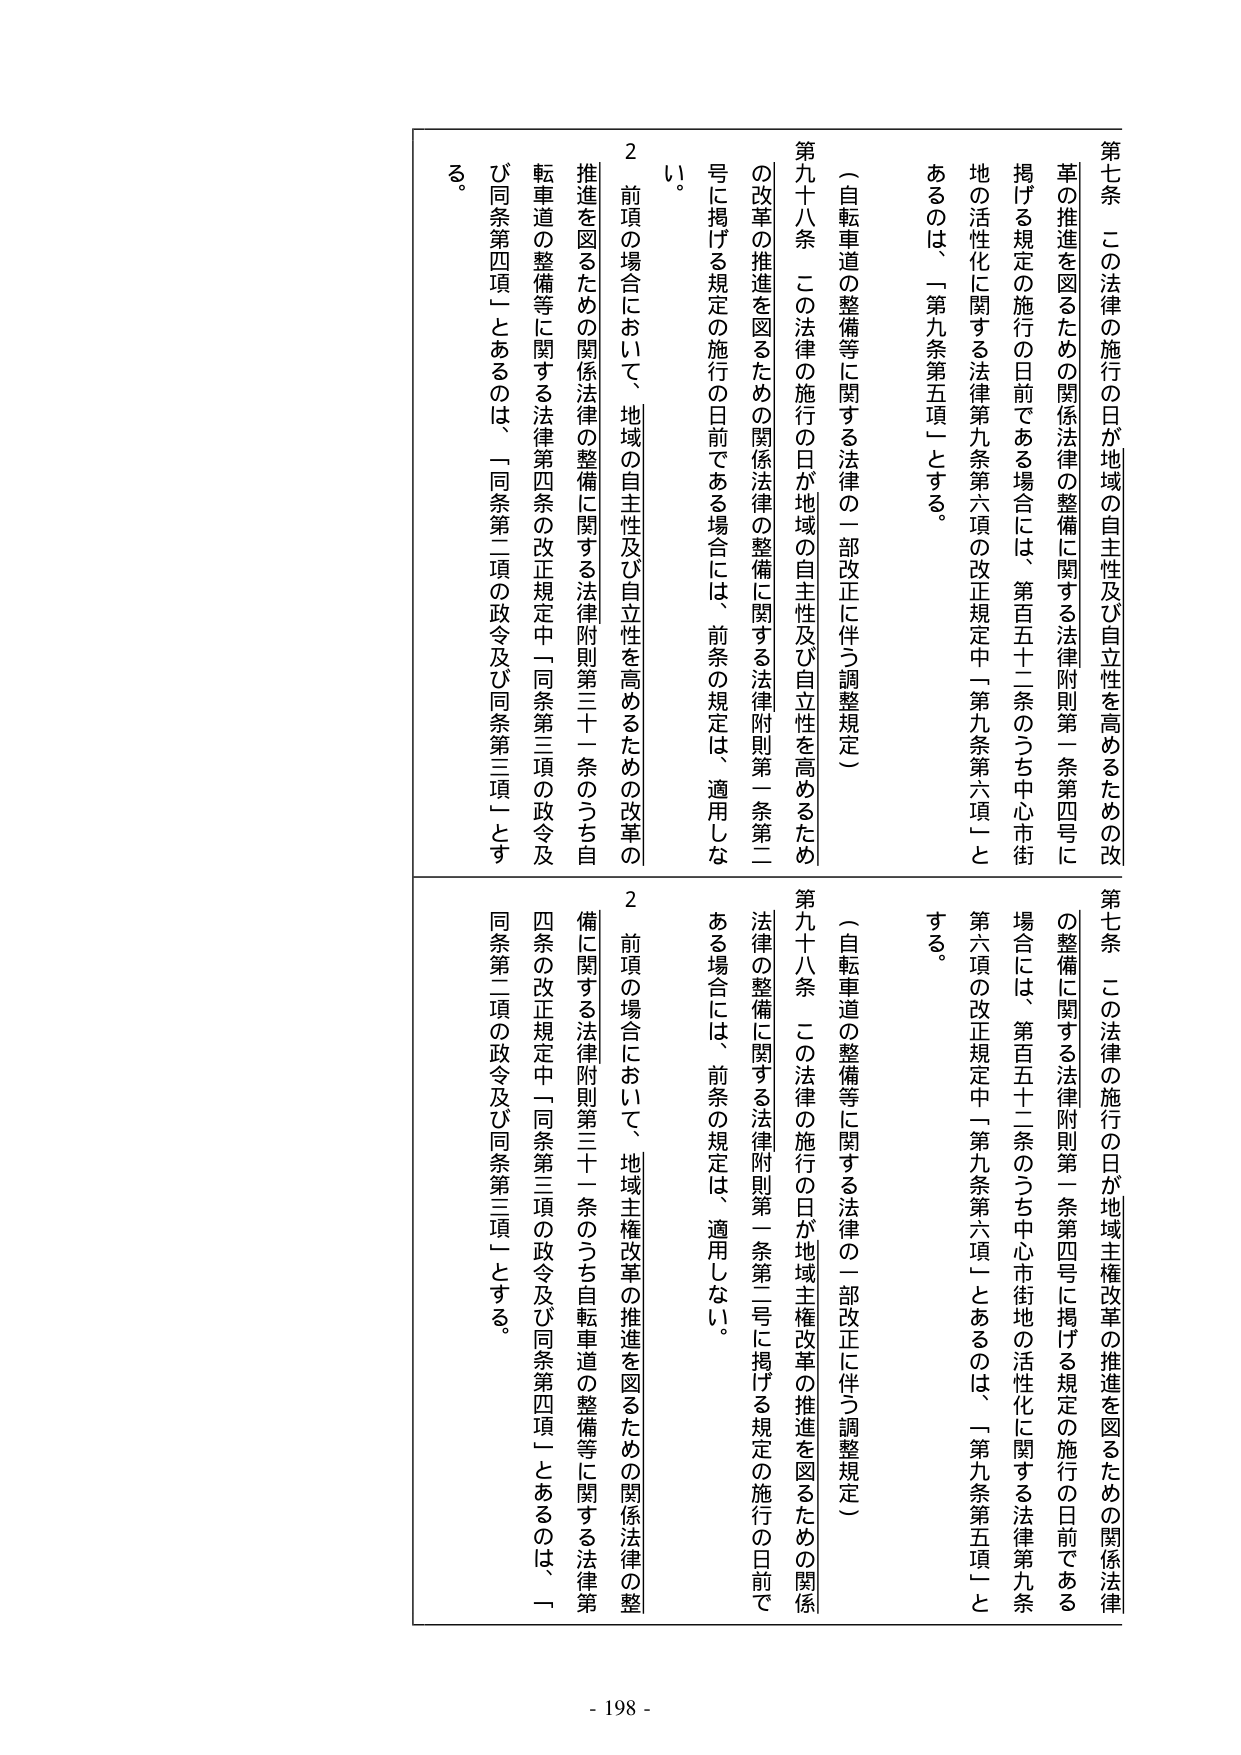
第七条　この法律の施行の日が地域の自主性及び自立性を高めるための改革の推進を図るための関係法律の整備に関する法律附則第一条第四号に掲げる規定の施行の日前である場合には、第百五十二条のうち中心市街地の活性化に関する法律第九条第六項の改正規定中「第九条第六項」とあるのは、「第九条第五項」とする。

（自転車道の整備等に関する法律の一部改正に伴う調整規定）

第九十八条　この法律の施行の日が地域の自主性及び自立性を高めるための改革の推進を図るための関係法律の整備に関する法律附則第一条第二号に掲げる規定の施行の日前である場合には、前条の規定は、適用しない。

２　前項の場合において、地域の自主性及び自立性を高めるための改革の推進を図るための関係法律の整備に関する法律附則第三十一条のうち自転車道の整備等に関する法律第四条の改正規定中「同条第三項の政令及び同条第四項」とあるのは、「同条第二項の政令及び同条第三項」とする。

第七条　この法律の施行の日が地域主権改革の推進を図るための関係法律の整備に関する法律附則第一条第四号に掲げる規定の施行の日前である場合には、第百五十二条のうち中心市街地の活性化に関する法律第九条第六項の改正規定中「第九条第六項」とあるのは、「第九条第五項」とする。

（自転車道の整備等に関する法律の一部改正に伴う調整規定）

第九十八条　この法律の施行の日が地域主権改革の推進を図るための関係法律の整備に関する法律附則第一条第二号に掲げる規定の施行の日前である場合には、前条の規定は、適用しない。

２　前項の場合において、地域主権改革の推進を図るための関係法律の整備に関する法律附則第三十一条のうち自転車道の整備等に関する法律第四条の改正規定中「同条第三項の政令及び同条第四項」とあるのは、「同条第二項の政令及び同条第三項」とする。

- 198 -